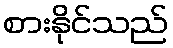
စားနိုင်သည်